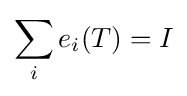
\sum _{i}e_{i}(T)=I